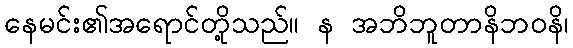
နေမင်း၏အရောင်တို့သည်။ န အဘိဘူတာနိဘဝနိ၊